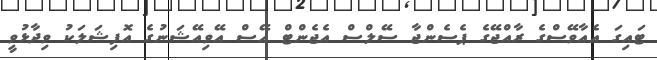
ޓައިގަ އެއާވޭސްގެ ރާއްޖޭގެ ޕެސެންޖާ ސޭލްސް އެޖެންޓް އޭސް އޭވިއޭޝަނުގެ އޮފިޝަލަކު ވިދާޅުވީ